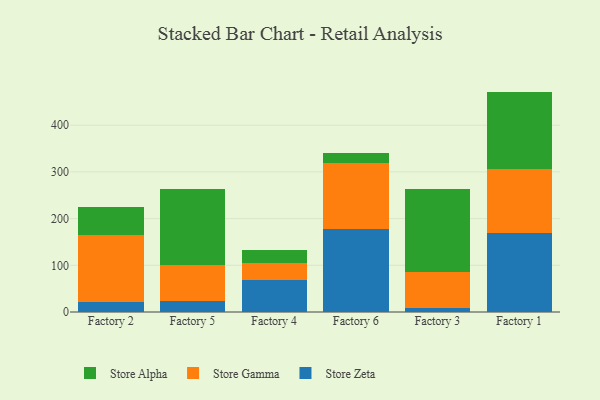
{"axis": {"x": "Factory", "y": "Gross Profit (USD K)"}, "legend": ["Store Alpha", "Store Gamma", "Store Zeta"], "data": [{"x": "Factory 2", "y": 21.5, "type": "Store Zeta"}, {"x": "Factory 2", "y": 143.1, "type": "Store Gamma"}, {"x": "Factory 2", "y": 60.0, "type": "Store Alpha"}, {"x": "Factory 5", "y": 22.5, "type": "Store Zeta"}, {"x": "Factory 5", "y": 78.6, "type": "Store Gamma"}, {"x": "Factory 5", "y": 162.5, "type": "Store Alpha"}, {"x": "Factory 4", "y": 69.1, "type": "Store Zeta"}, {"x": "Factory 4", "y": 36.0, "type": "Store Gamma"}, {"x": "Factory 4", "y": 27.1, "type": "Store Alpha"}, {"x": "Factory 6", "y": 178.2, "type": "Store Zeta"}, {"x": "Factory 6", "y": 140.6, "type": "Store Gamma"}, {"x": "Factory 6", "y": 22.2, "type": "Store Alpha"}, {"x": "Factory 3", "y": 8.7, "type": "Store Zeta"}, {"x": "Factory 3", "y": 77.3, "type": "Store Gamma"}, {"x": "Factory 3", "y": 177.5, "type": "Store Alpha"}, {"x": "Factory 1", "y": 169.3, "type": "Store Zeta"}, {"x": "Factory 1", "y": 137.2, "type": "Store Gamma"}, {"x": "Factory 1", "y": 165.4, "type": "Store Alpha"}]}